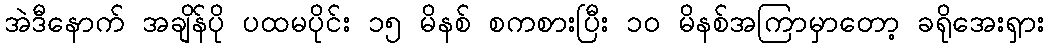
အဲဒီနောက် အချိန်ပို ပထမပိုင်း ၁၅ မိနစ် စကစားပြီး ၁၀ မိနစ်အကြာမှာတော့ ခရိုအေးရှား